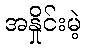
အနှိုင်းမဲ့